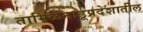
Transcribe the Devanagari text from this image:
तामिळनाडूप्रदेशातील